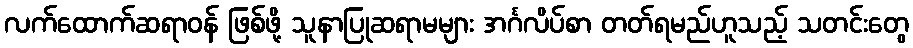
လက်ထောက်ဆရာဝန် ဖြစ်ဖို့ သူနာပြုဆရာမများ အင်္ဂလိပ်စာ တတ်ရမည်ဟူသည့် သတင်းတွေ